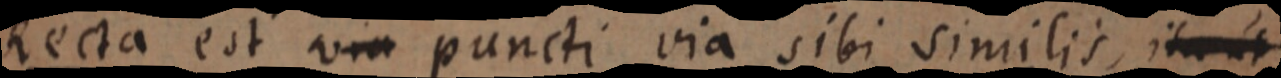
Recta est via puncti via sibi similis, ita ut